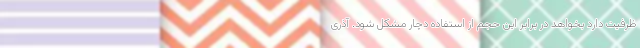
ظرفیت دارد بخواهد در برابر این حجم از استفاده دچار مشکل شود. آذری